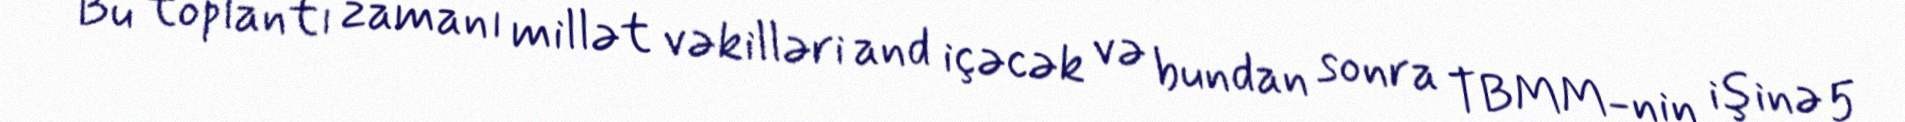
Bu toplantı zamanı millət vəkilləri and içəcək və bundan sonra TBMM-nin işinə 5